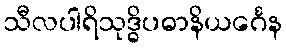
သီလပါရိသုဒ္ဓိပဓာနိယင်္ဂေန